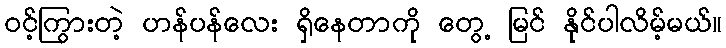
ဝင့်ကြွားတဲ့ ဟန်ပန်လေး ရှိနေတာကို တွေ့ မြင် နိုင်ပါလိမ့်မယ်။